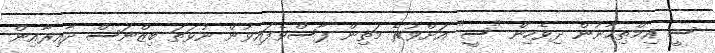
ސީ އިމްތިޙާނުން ދިވެހިން "ސީ" އަށްވުރެ މަތިން ފާސްވެފައިވުން ނުވަތަ ބިޒްނަސް ދާއިރާއިން